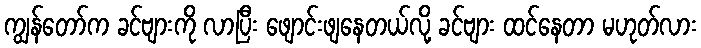
ကျွန်တော်က ခင်ဗျားကို လာပြီး ဖျောင်းဖျနေတယ်လို့ ခင်ဗျား ထင်နေတာ မဟုတ်လား